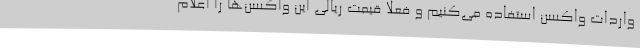
واردات واکسن استفاده می‌کنیم و فعلا قیمت ریالی این واکسن‌ها را اعلام